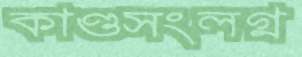
কাণ্ডসংলগ্ন